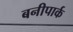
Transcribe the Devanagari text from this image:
बनीपार्क